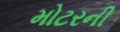
મોટરની